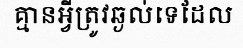
គ្មានអ្វីត្រូវឆ្ងល់ទេដែល